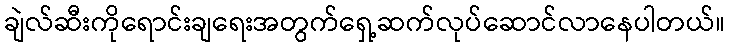
ချဲလ်ဆီးကိုရောင်းချရေးအတွက်ရှေ့ဆက်လုပ်ဆောင်လာနေပါတယ်။